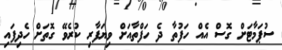
ސުޕަމާޓަށް ގޮސް އެއް ހަފުތާ ދެ ހަފްތާއަށް ވިޔަފާރި ކުރެވޭ ގޮތަށް ހެދިފައި